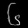
Digit: ၆